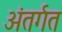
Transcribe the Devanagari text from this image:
अंतर्गत